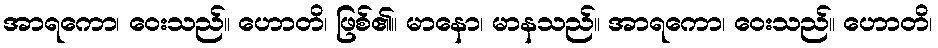
အာရကော၊ ဝေးသည်။ ဟောတိ၊ ဖြစ်၏။ မာနော၊ မာနသည်။ အာရကော၊ ဝေးသည်။ ဟောတိ၊